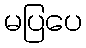
မပြပေ